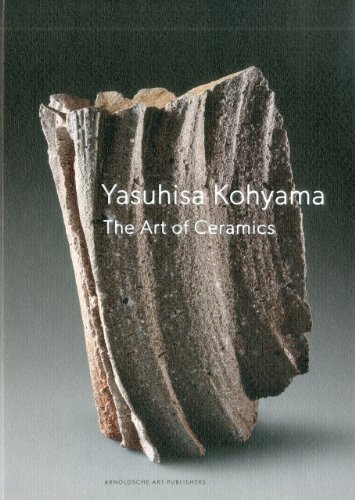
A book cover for Yasuhisa Kohyama: The Art of Ceramics; Susan Jefferies; Crafts, Hobbies & Home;